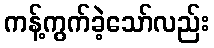
ကန့်ကွက်ခဲ့သော်လည်း